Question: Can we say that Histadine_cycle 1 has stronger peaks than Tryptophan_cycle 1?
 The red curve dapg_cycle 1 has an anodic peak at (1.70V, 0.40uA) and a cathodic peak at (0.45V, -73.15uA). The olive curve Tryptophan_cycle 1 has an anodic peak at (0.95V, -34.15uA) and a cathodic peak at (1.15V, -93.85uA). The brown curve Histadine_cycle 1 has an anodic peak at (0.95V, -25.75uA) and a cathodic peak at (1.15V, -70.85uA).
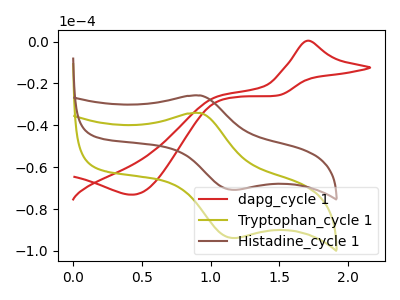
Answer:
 <answer>The peaks in "Histadine_cycle 1" are neither all higher or all lower than the peaks in "Tryptophan_cycle 1".</answer>
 <eval>mixed</eval>